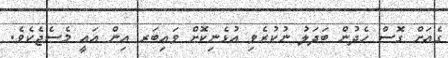
ގެއަށް ގޮސް ހެދުން ބަދަލު ނުކުރެވި އުޅެނިކޮށް ވައިބަރ އިން އައީ މެސެޖެކެވެ.